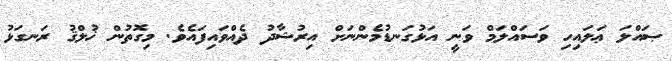
ޞައްލަ ޢަލައިހި ވަސައްލަމް ވަނީ އަޅުގަނޑުމެންނަށް އިރުޝާދު ދެއްވައިފައެވެ. މިގޮތުން ޚުލްޤު ރަނގަޅު